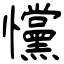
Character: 戃